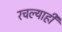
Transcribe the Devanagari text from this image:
रचल्याही